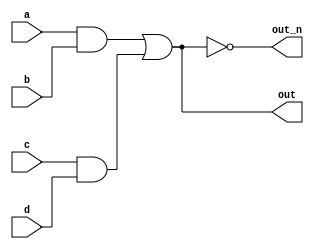
`default_nettype none
module top_module(
    input a,
    input b,
    input c,
    input d,
    output out,
    output out_n   ); 
    
    wire a_b_out, c_d_out;
    
    assign a_b_out = a & b;
    assign c_d_out = c & d;
    
    assign out = a_b_out | c_d_out;
    assign out_n = ~out;

endmodule